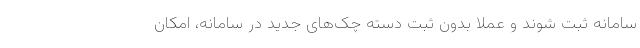
سامانه ثبت شوند و عملاً بدون ثبت دسته چک‌های جدید در سامانه، امکان